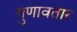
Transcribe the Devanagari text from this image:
गुणावतार